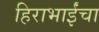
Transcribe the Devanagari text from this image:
हिराभाईंचा